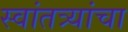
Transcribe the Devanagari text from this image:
स्वांतत्र्यांचा